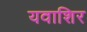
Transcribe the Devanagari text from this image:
यवाशिर